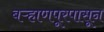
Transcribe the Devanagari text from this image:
बऱ्हाणपूरपासून